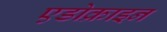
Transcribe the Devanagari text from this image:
एडोक्राइन